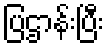
ပြဌာန်းပြီး